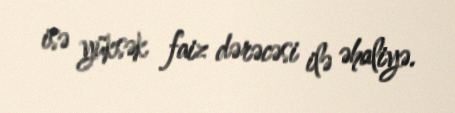
isə yüksək faiz dərəcəsi ilə əhaliyə.